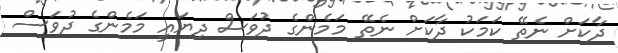
ދާކަށް ނެތޭ ކަމަކު ދާކަށް ނެތޭ މަމެންގެ ދުވަަސް ދިޔައީ މަމެންގެ ދުވަސް